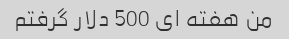
من هفته ای 500 دلار گرفتم